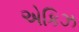
એકિઝ